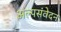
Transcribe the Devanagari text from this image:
अल्पसंवेदन